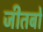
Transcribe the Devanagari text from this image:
जीतबो